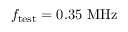
f _ { \mathrm { t e s t } } = 0 . 3 5 ~ \mathrm { M H z }